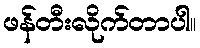
ဖန်တီးလိုက်တာပါ။